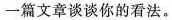
一篇文章谈谈你的看法。